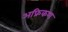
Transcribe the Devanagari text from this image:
अफ्रिकण